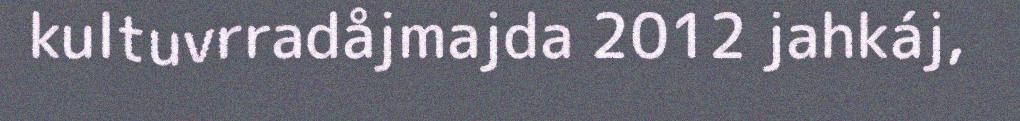
kultuvrradåjmajda 2012 jahkáj,